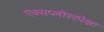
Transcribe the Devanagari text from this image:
एक्सप्लोररपेक्षा